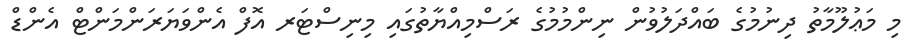
މި މަޢުލޫމާތު ދިނުމުގެ ބައްދަލުވުން ނިންމުމުގެ ރަސްމިއްޔާތުގައި މިނިސްޓަރ އޮފް އެންވަޔަރަންމަންޓް އެންޑް